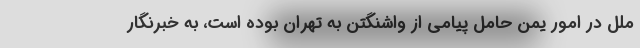
ملل در امور یمن حامل پیامی از واشنگتن به تهران بوده است، به خبرنگار